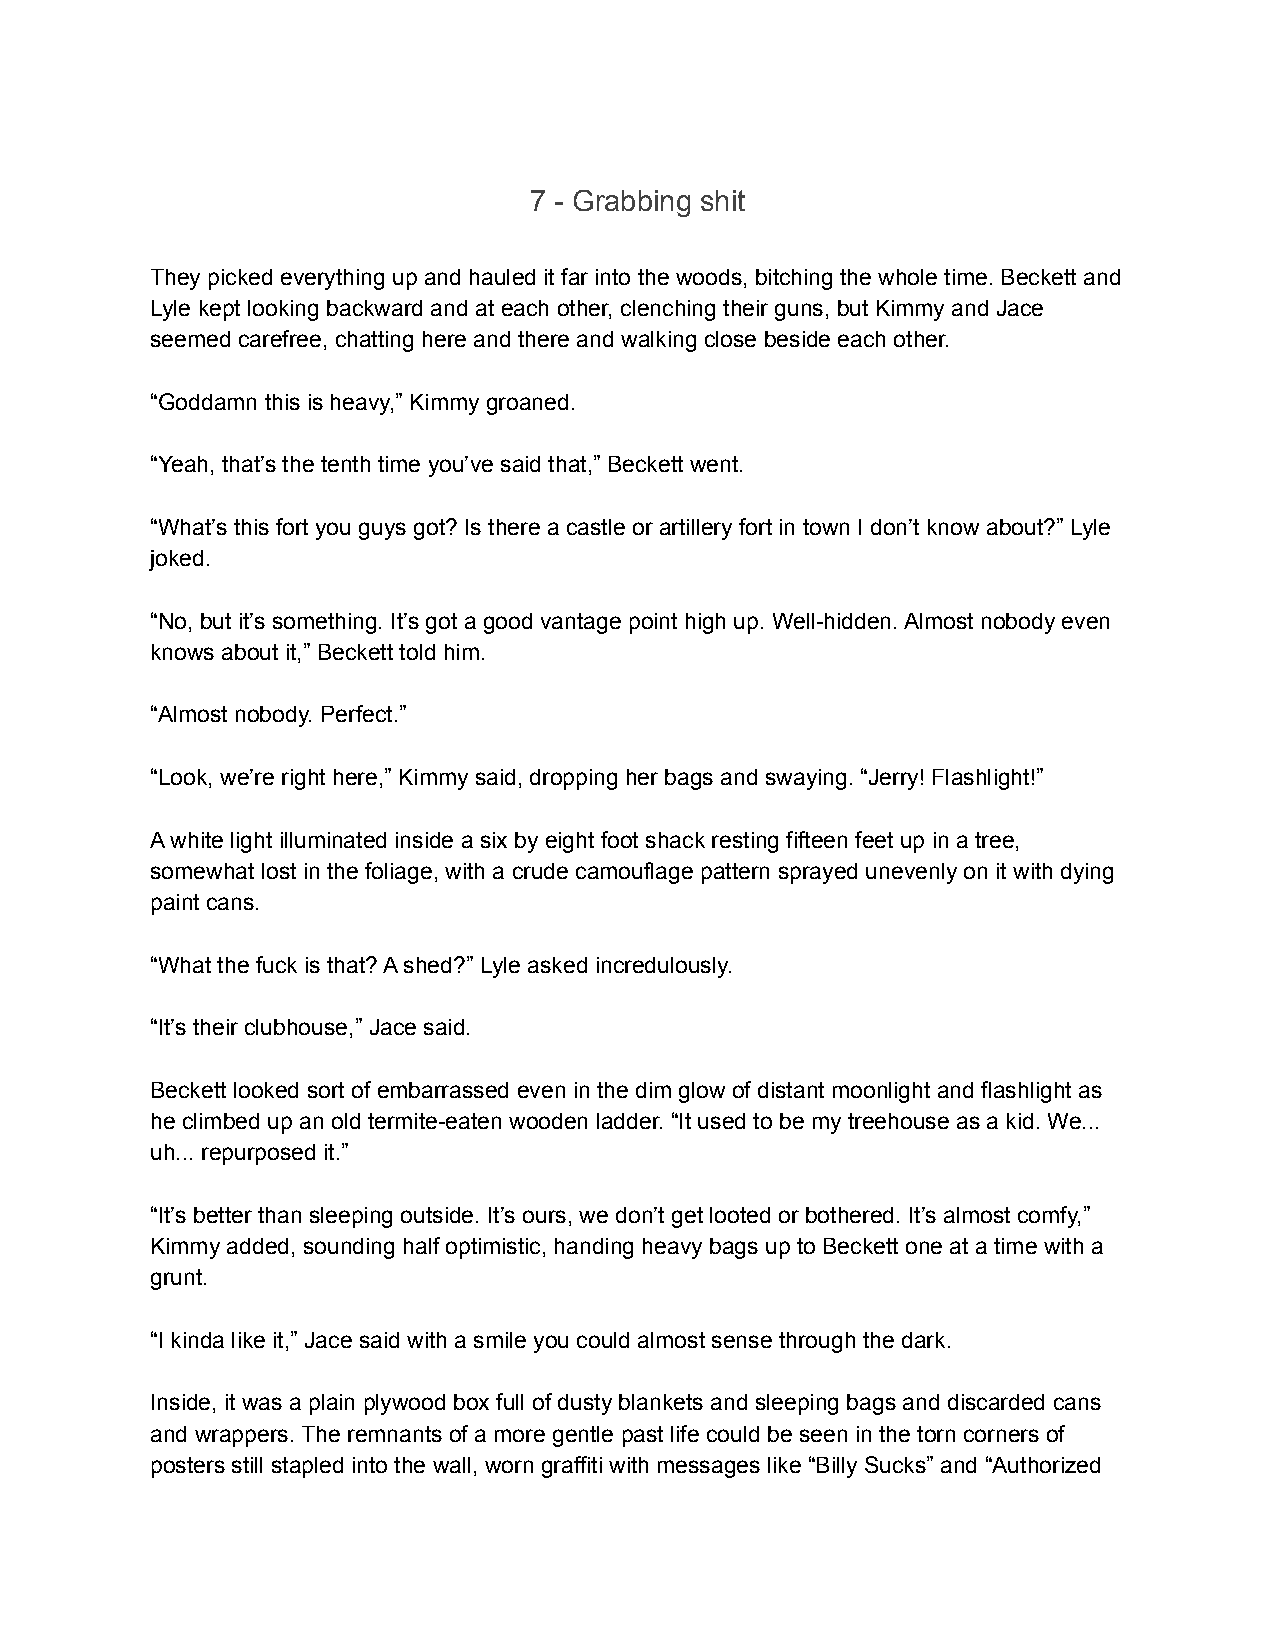
7 - Grabbing shit
 They picked everything up and hauled it far into the woods, bitching the whole time. Beckett and
 Lyle kept looking backward and at each other, clenching their guns, but Kimmy and Jace
 seemed carefree, chatting here and there and walking close beside each other.
 “Goddamn this is heavy,” Kimmy groaned.
 “Yeah, that’s the tenth time you’ve said that,” Beckett went.
 “What’s this fort you guys got? Is there a castle or artillery fort in town I don’t know about?” Lyle
 joked.
 “No, but it’s something. It’s got a good vantage point high up. Well-hidden. Almost nobody even
 knows about it,” Beckett told him.
 “Almost nobody. Perfect.”
 “Look, we’re right here,” Kimmy said, dropping her bags and swaying. “Jerry! Flashlight!”
 A white light illuminated inside a six by eight foot shack resting fifteen feet up in a tree,
 somewhat lost in the foliage, with a crude camouflage pattern sprayed unevenly on it with dying
 paint cans.
 “What the fuck is that? A shed?” Lyle asked incredulously.
 “It’s their clubhouse,” Jace said.
 Beckett looked sort of embarrassed even in the dim glow of distant moonlight and flashlight as
 he climbed up an old termite-eaten wooden ladder. “It used to be my treehouse as a kid. We...
 uh... repurposed it.”
 “It’s better than sleeping outside. It’s ours, we don’t get looted or bothered. It’s almost comfy,”
 Kimmy added, sounding half optimistic, handing heavy bags up to Beckett one at a time with a
 grunt.
 “I kinda like it,” Jace said with a smile you could almost sense through the dark.
 Inside, it was a plain plywood box full of dusty blankets and sleeping bags and discarded cans
 and wrappers. The remnants of a more gentle past life could be seen in the torn corners of
 posters still stapled into the wall, worn graffiti with messages like “Billy Sucks” and “Authorized